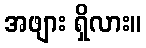
အဖျား ရှိလား။